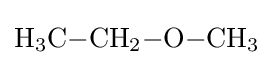
{\mathrm {H} {\vphantom {A}}_{\smash[{t}]{3}}\mathrm {C} {-}\mathrm {CH} {\vphantom {A}}_{\smash[{t}]{2}}{-}\mathrm {O} {-}\mathrm {CH} {\vphantom {A}}_{\smash[{t}]{3}}}